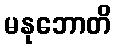
မနုဘောတိ